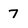
Character: 7